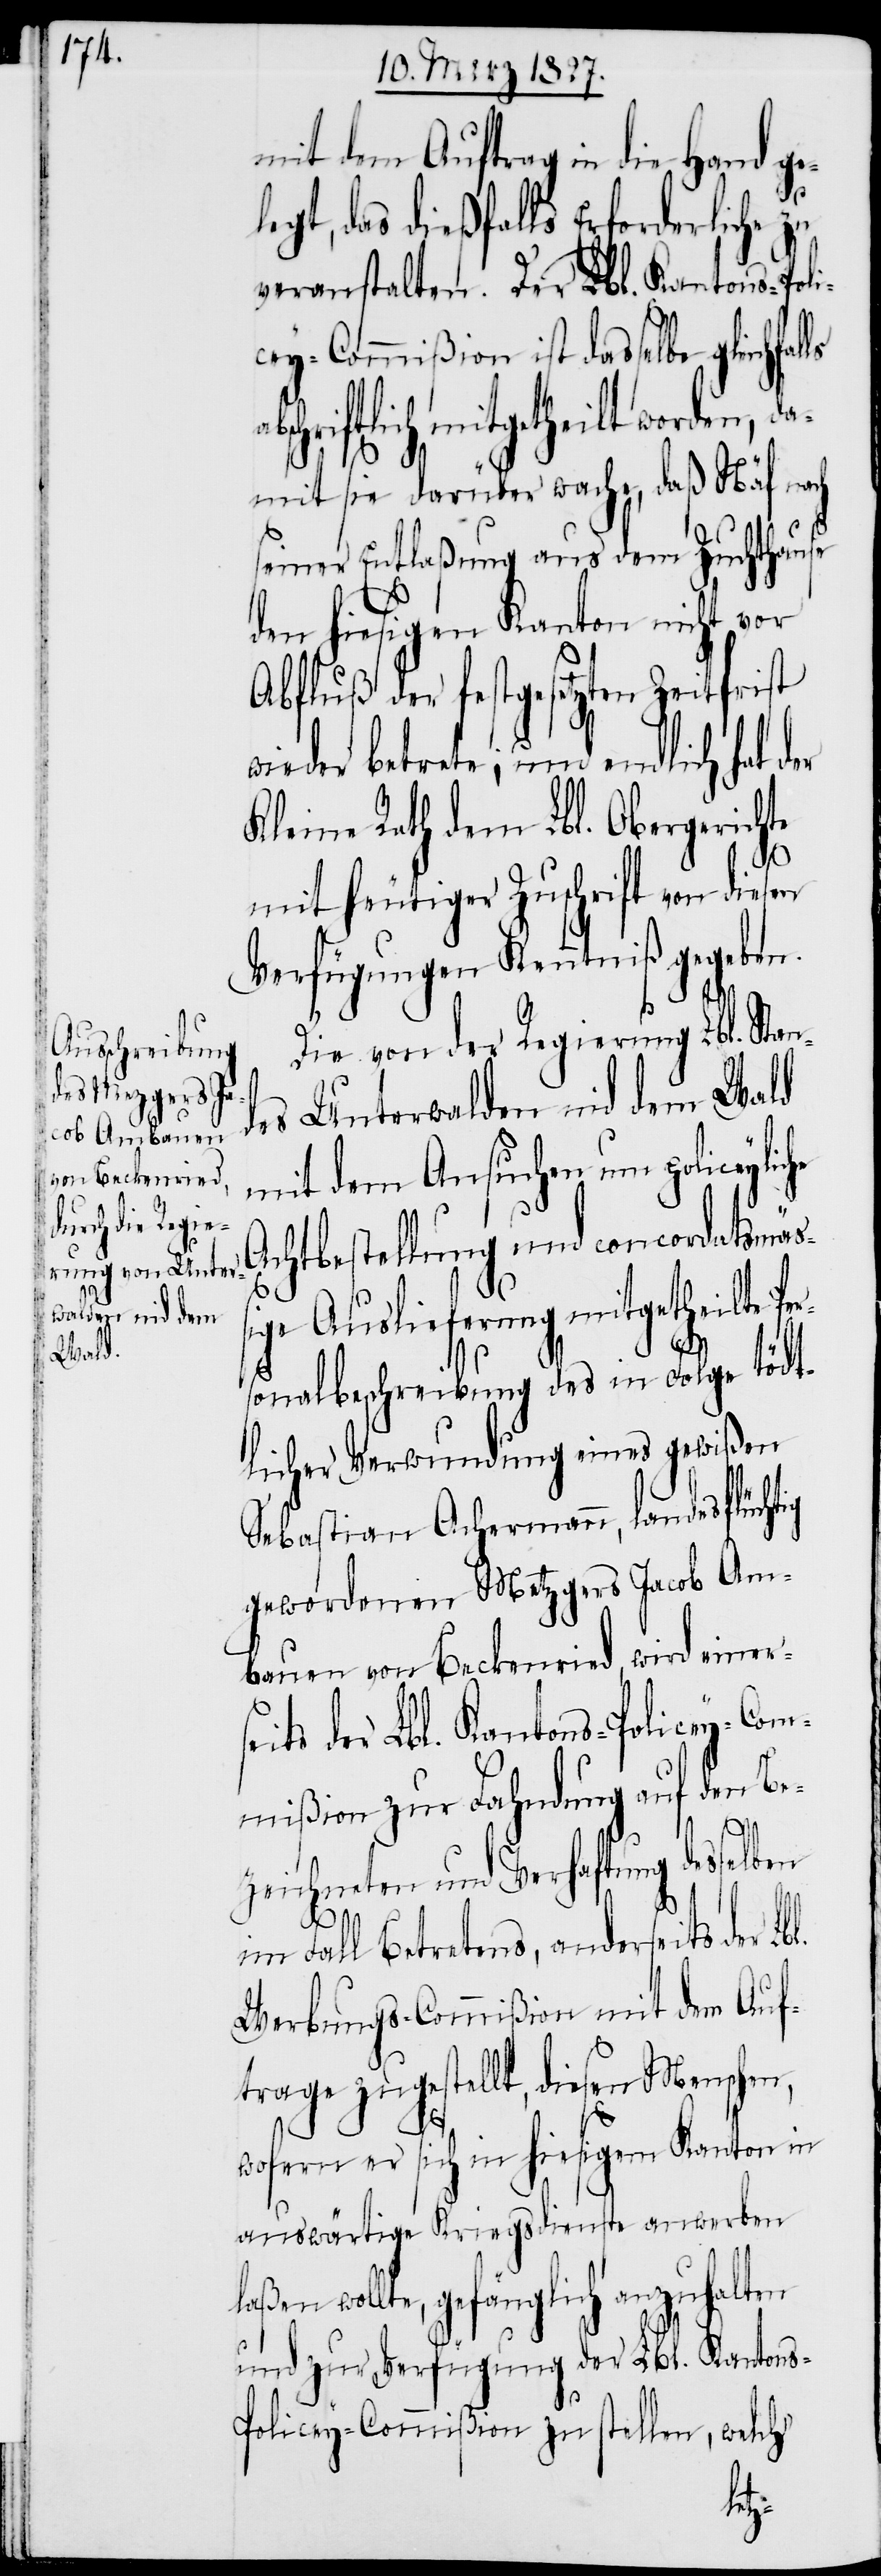
mit dem Auftrag in die Hand ge¬
legt, das dießfalls Erforderliche zu
veranstalten. Der Lbl. Kantons-Poli¬
cey-Commißion ist dasselbe gleichfal¬
bschriftlich mitgetheilt worden, da¬
mit sie darüber wache, daß Näf nach
l.
seiner Entlaßung aus dem Zuchthause
den hiesigen Kanton nicht vor
Abfluß der festgesetzten Zeitfrist
wieder betrete; und endlich hat
Kleine Rath dem Lbl. Obergerichte
mit heutiger Zuschrift von diesen
Verfügungen Kenntniß gegeben.
Die von der Regierung Lbl. Stan¬
Unterwalden nid dem Wald
lben
mit dem Ansuchen um policeyli¬
Achtbestellung und concordatsmäß¬
ige Auslieferung mitgetheilte Pe¬
sonalbeschreibung des in Folge tödt¬
licher Verwundung eines gewißen
Sebastian Achermann, landesflüchtig
gewordenen Metzgers Jacob Am¬
bauen von Beckenried, wird einers¬
eits der Lbl. Kantons-Policey-Com¬
mißion zur Fahndung auf den Be¬
zeichneten und Verhaftung desse¬
im Fall Betretens, anderseits der Lb¬
Werbungs-Commißion mit dem Auf¬
trage zugestellt, diesen Menschen,
wofern er sich in hiesigem Kanton in
auswärtige Kriegsdienste anwerben
laßen wollte, gefänglich anzuhalten
und zur Verfügung der Lbl. Kanton¬
s-Policey-Commißion zu stellen, welche